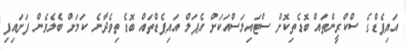
އައިޕެޑްގެ ސްކްރީންތައް ބޮޑެތިކޮށް ސްޓައިލަސްއަކަށް އެޕަލް އައިޕެޑްތައް ބޮޑެތިވެދާނެ ކަމަށް ބެލެވެން ފަށައިފި